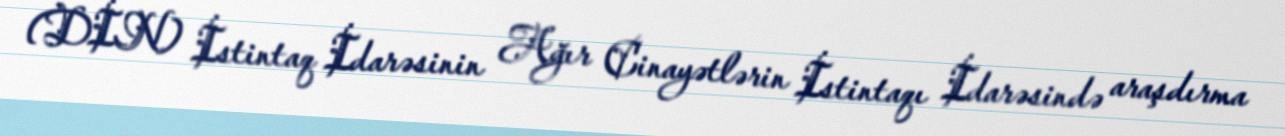
(DİN) İstintaq İdarəsinin Ağır Cinayətlərin İstintaqı İdarəsində araşdırma